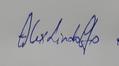
Signature authenticity: genuine